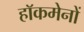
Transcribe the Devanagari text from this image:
हाॅकमेनों